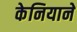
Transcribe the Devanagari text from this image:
केनियाने